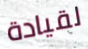
لقيادة